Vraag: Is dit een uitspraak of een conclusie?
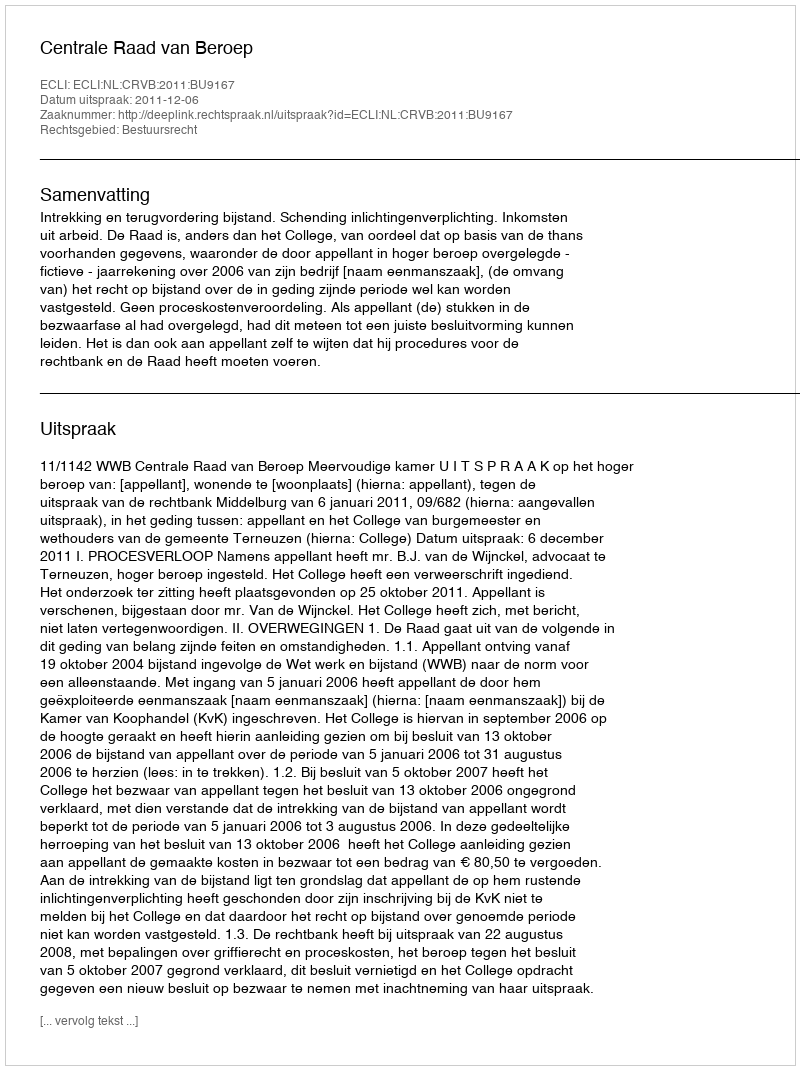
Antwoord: Uitspraak